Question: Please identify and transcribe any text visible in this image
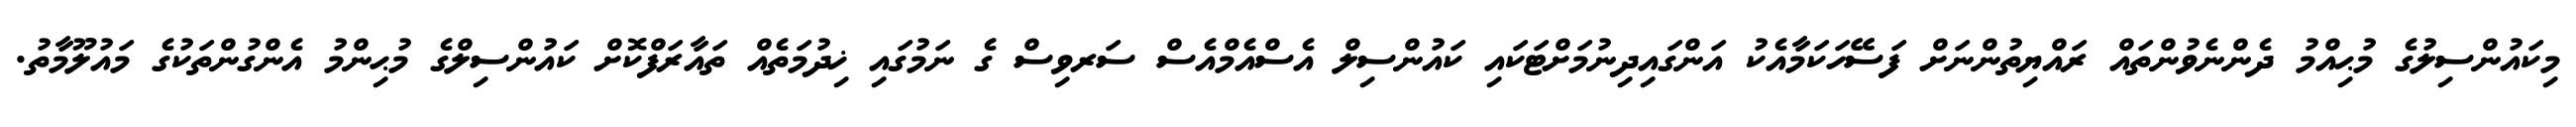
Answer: މިކައުންސިލުގެ މުޙިއްމު ދެންނެވުންތައް ރައްޔިތުންނަށް ފަސޭހަކަމާއެކު އަންގައިދިނުމަށްޓަކައި ކައުންސިލް އެސްއެމްއެސް ސަރވިސް ގެ ނަމުގައި ޚިދުމަތެއް ތައާރަފްކޮށް ކައުންސިލްގެ މުޙިންމު އެންގުންތަކުގެ މައުލޫމާތު.